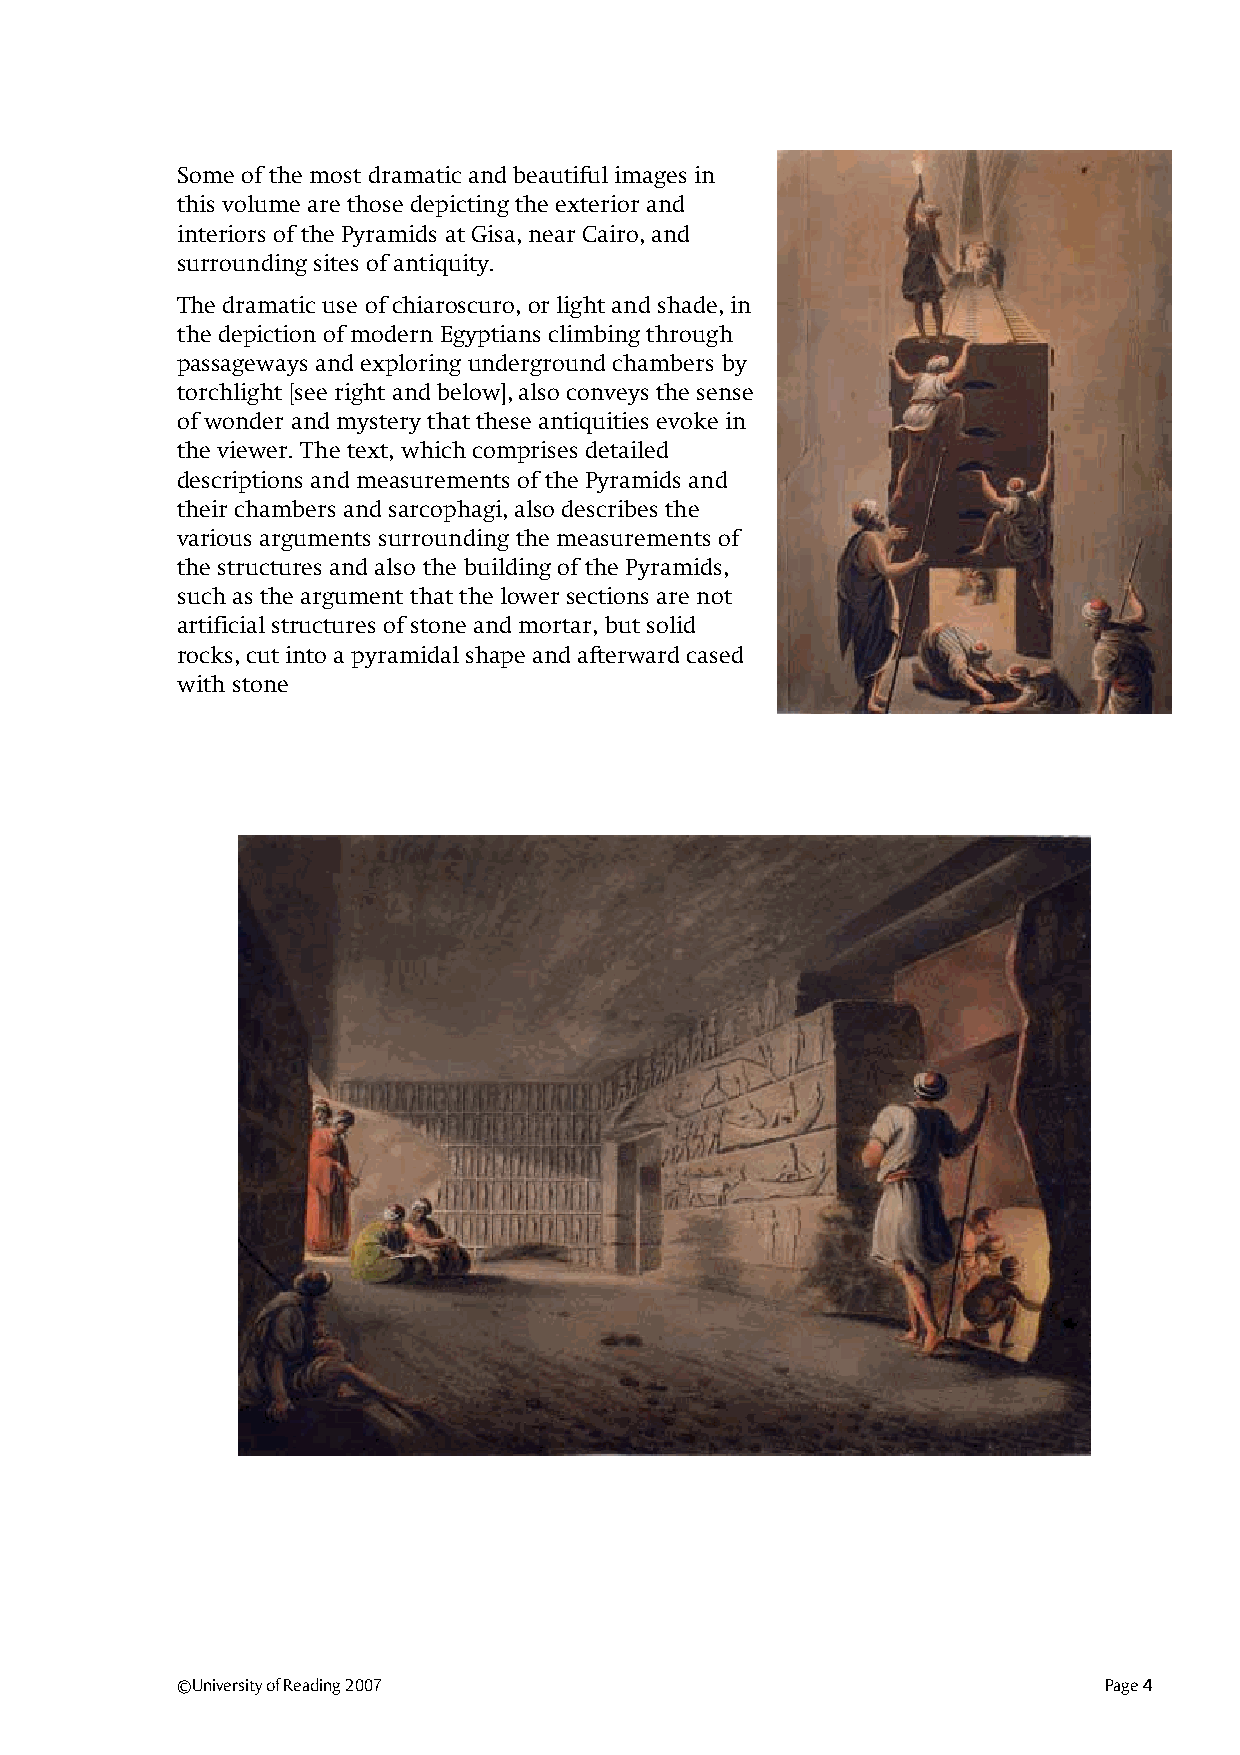
Some of the most dramatic and beautiful images in
 this volume are those depicting the exterior and
 interiors of the Pyramids at Gisa, near Cairo, and
 surrounding sites of antiquity.
 The dramatic use of chiaroscuro, or light and shade, in
 the depiction of modern Egyptians climbing through
 passageways and exploring underground chambers by
 torchlight [see right and below], also conveys the sense
 of wonder and mystery that these antiquities evoke in
 the viewer. The text, which comprises detailed
 descriptions and measurements of the Pyramids and
 their chambers and sarcophagi, also describes the
 various arguments surrounding the measurements of
 the structures and also the building of the Pyramids,
 such as the argument that the lower sections are not
 artificial structures of stone and mortar, but solid
 rocks, cut into a pyramidal shape and afterward cased
 with stone
 ©University of Reading 2007                                  Page 4